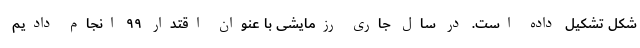
شکل تشکیل داده است. در سال جاری رزمایشی با عنوان اقتدار ۹۹ انجام دادیم